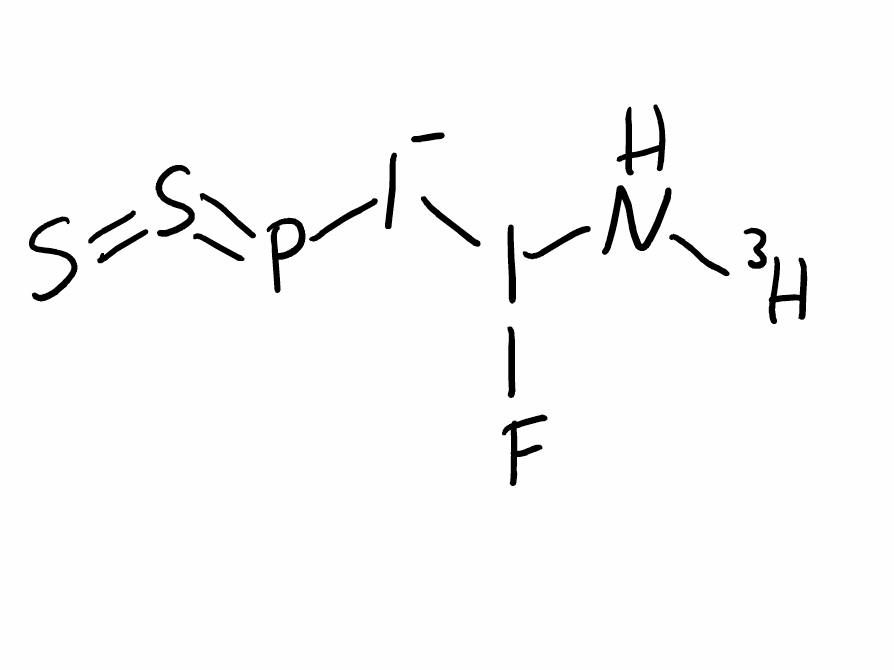
Simplified molecular-input line-entry system (SMILES) notation of the given molecule:
[3H]NI(F)[I-]P=S=S